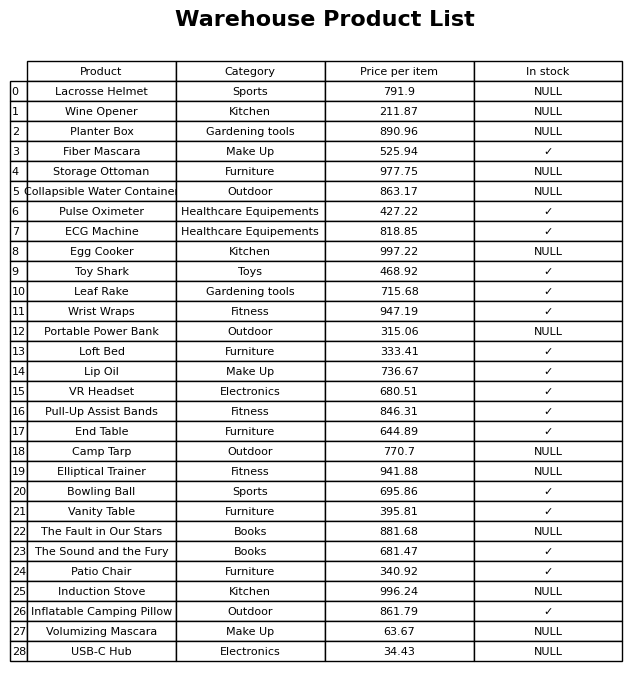
question: What is the price of the Portable Power Bank?
answer: The price of Portable Power Bank is 315.06.